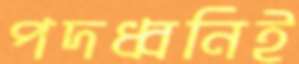
পদধ্বনিই